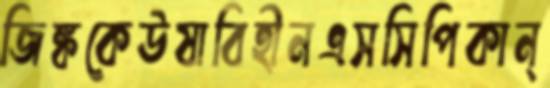
জিঙ্ককেঊষাবিহীনএসসিপিকান্